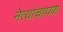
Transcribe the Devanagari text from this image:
नेत्यांचापण